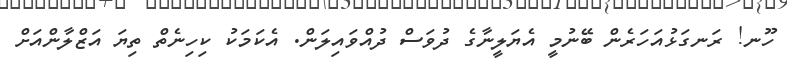
ހޫނ! ރަނގަޅުއަހަރެން ބޭނުމީ އެޔަލީނާގެ ދުވަސް ދުއްވައިލަން. އެކަމަކު ކިހިނެތް ތިޔަ އަޒްލާންއަށް